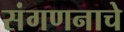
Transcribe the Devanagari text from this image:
संगणनाचे